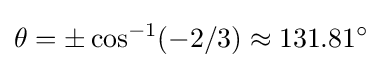
\theta =\pm \cos ^{-1}(-2/3)\approx 131.81^{\circ }